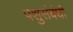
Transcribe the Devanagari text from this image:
पशुसंबंधी